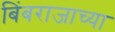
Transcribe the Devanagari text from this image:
बिंबराजाच्या